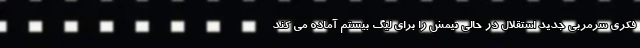
فکری سرمربی جدید استقلال در حالی تیمش را برای لیگ بیستم آماده می کند